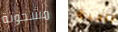
مشحونة ناحية